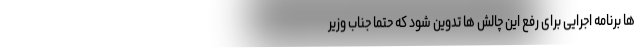
ها برنامه اجرایی برای رفع این چالش ها تدوین شود که حتما جناب وزیر